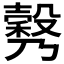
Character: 𣫉